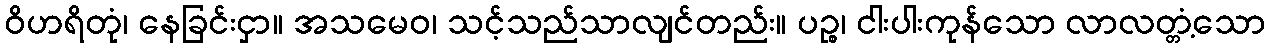
ဝိဟရိတုံ၊ နေခြင်းငှာ။ အသမေဝ၊ သင့်သည်သာလျင်တည်း။ ပဉ္စ၊ ငါးပါးကုန်သော လာလတ္တံ့သော